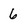
Character: 6